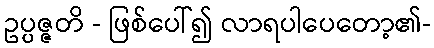
ဥပ္ပဇ္ဇတိ - ဖြစ်ပေါ်၍ လာရပါပေတော့၏-